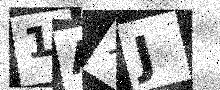
Text: 1AXJ